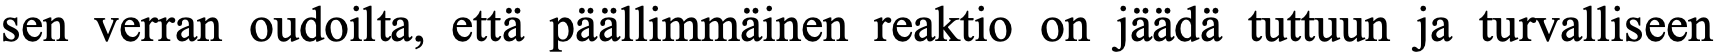
sen verran oudoilta, että päällimmäinen reaktio on jäädä tuttuun ja turvalliseen